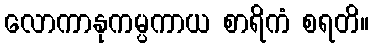
လောကာနုကမ္ပကာယ စာရိကံ စရတိ။